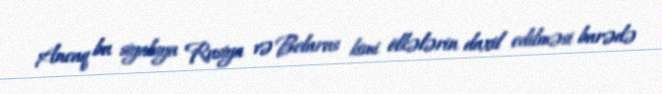
Ancaq bu siyahıya Rusiya və Belarus kimi ölkələrin daxil edilməsi barədə